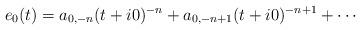
LaTeX: \begin{align*} e_0(t) =a_{0,-n}(t+i0)^{-n} + a_{0, -n+1}(t+i0)^{-n+1}+\cdots\end{align*}